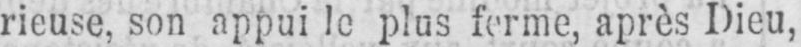
rieuse, son appui le plus ferme, après Dieu,